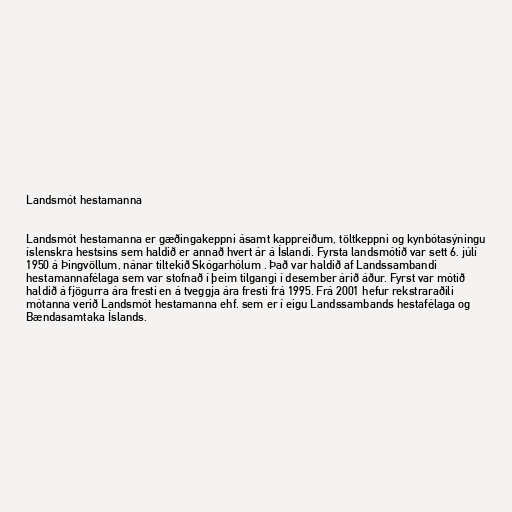
Landsmót hestamanna

Landsmót hestamanna er gæðingakeppni ásamt kappreiðum, töltkeppni og kynbótasýningu
íslenskra hestsins sem haldið er annað hvert ár á Íslandi. Fyrsta landsmótið var sett 6. júlí
1950 á Þingvöllum, nánar tiltekið Skógarhólum . Það var haldið af Landssambandi
hestamannafélaga sem var stofnað í þeim tilgangi í desember árið áður. Fyrst var mótið
haldið á fjögurra ára fresti en á tveggja ára fresti frá 1995. Frá 2001 hefur rekstraraðili
mótanna verið Landsmót hestamanna ehf. sem er í eigu Landssambands hestafélaga og
Bændasamtaka Íslands.